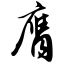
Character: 膺